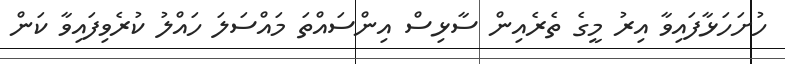
ހުށަހަޅާފައިވާ އިރު މީގެ ތެރެއިން ސާޅިސް އިންސައްތަ މައްސަލަ ހައްލު ކުރެވިފައިވާ ކަން